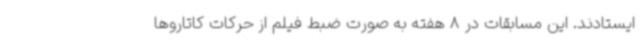
ایستادند. این مسابقات در 8 هفته به صورت ضبط فیلم از حرکات کاتاروها